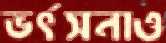
ভর্ৎসনাও